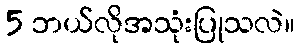
5 ဘယ်လိုအသုံးပြုသလဲ။